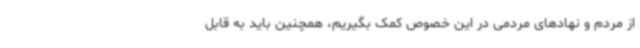
از مردم و نهادهای مردمی در این خصوص کمک بگیریم، همچنین باید به قابل